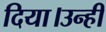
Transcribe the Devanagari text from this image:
दिया।उन्ही